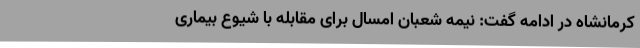
کرمانشاه در ادامه گفت: نیمه شعبان امسال برای مقابله با شیوع بیماری